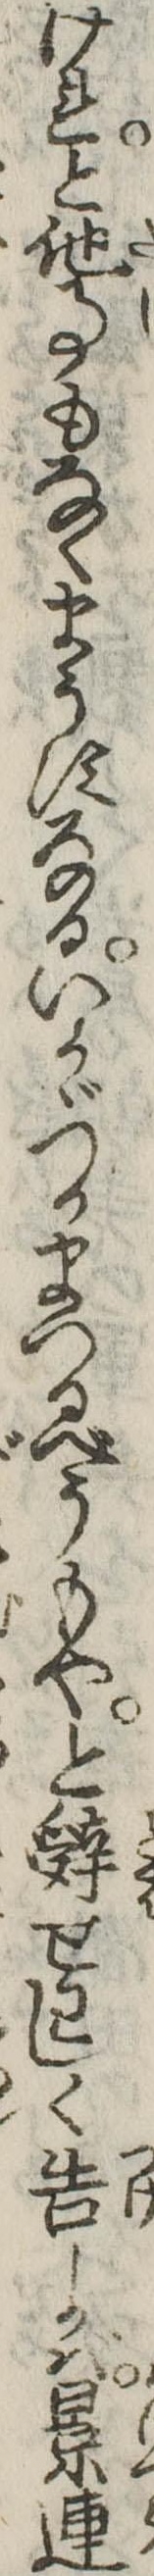
けれと他事もなくまうすなるいかゞつかまつるべうもやと辤せわしく告しかば景連